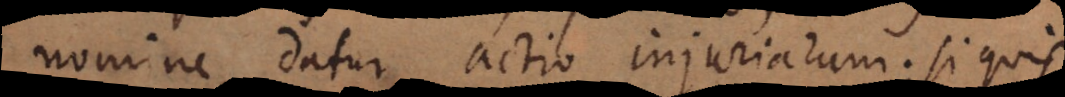
nomine datur actio injuriarum; si quis